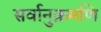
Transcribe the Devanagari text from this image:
सर्वानुक्रमणि